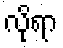
လိုရာ